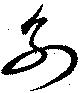
別